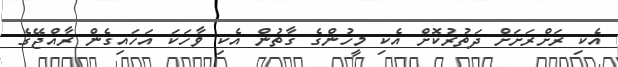
އެކި ރަށްރަށަށް ދަތުރުކޮށް އެކި މީހުންގެ ގާތުން އެކި ވާހަކަ އަހައިގެން ރާއްޖޭގެ